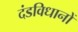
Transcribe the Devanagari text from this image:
दंडविधानों